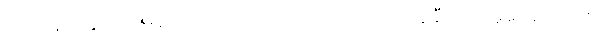
ဘုရားရှင်ကြွတော်မမူလိုသော အဂ္ဂသာဝသ ၂-ပါးကို ကြွချီ တော်မူစေကြောင်း၊